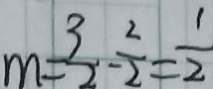
m = \frac { 3 } { 2 } - \frac { 2 } { 2 } = \frac { 1 } { 2 }